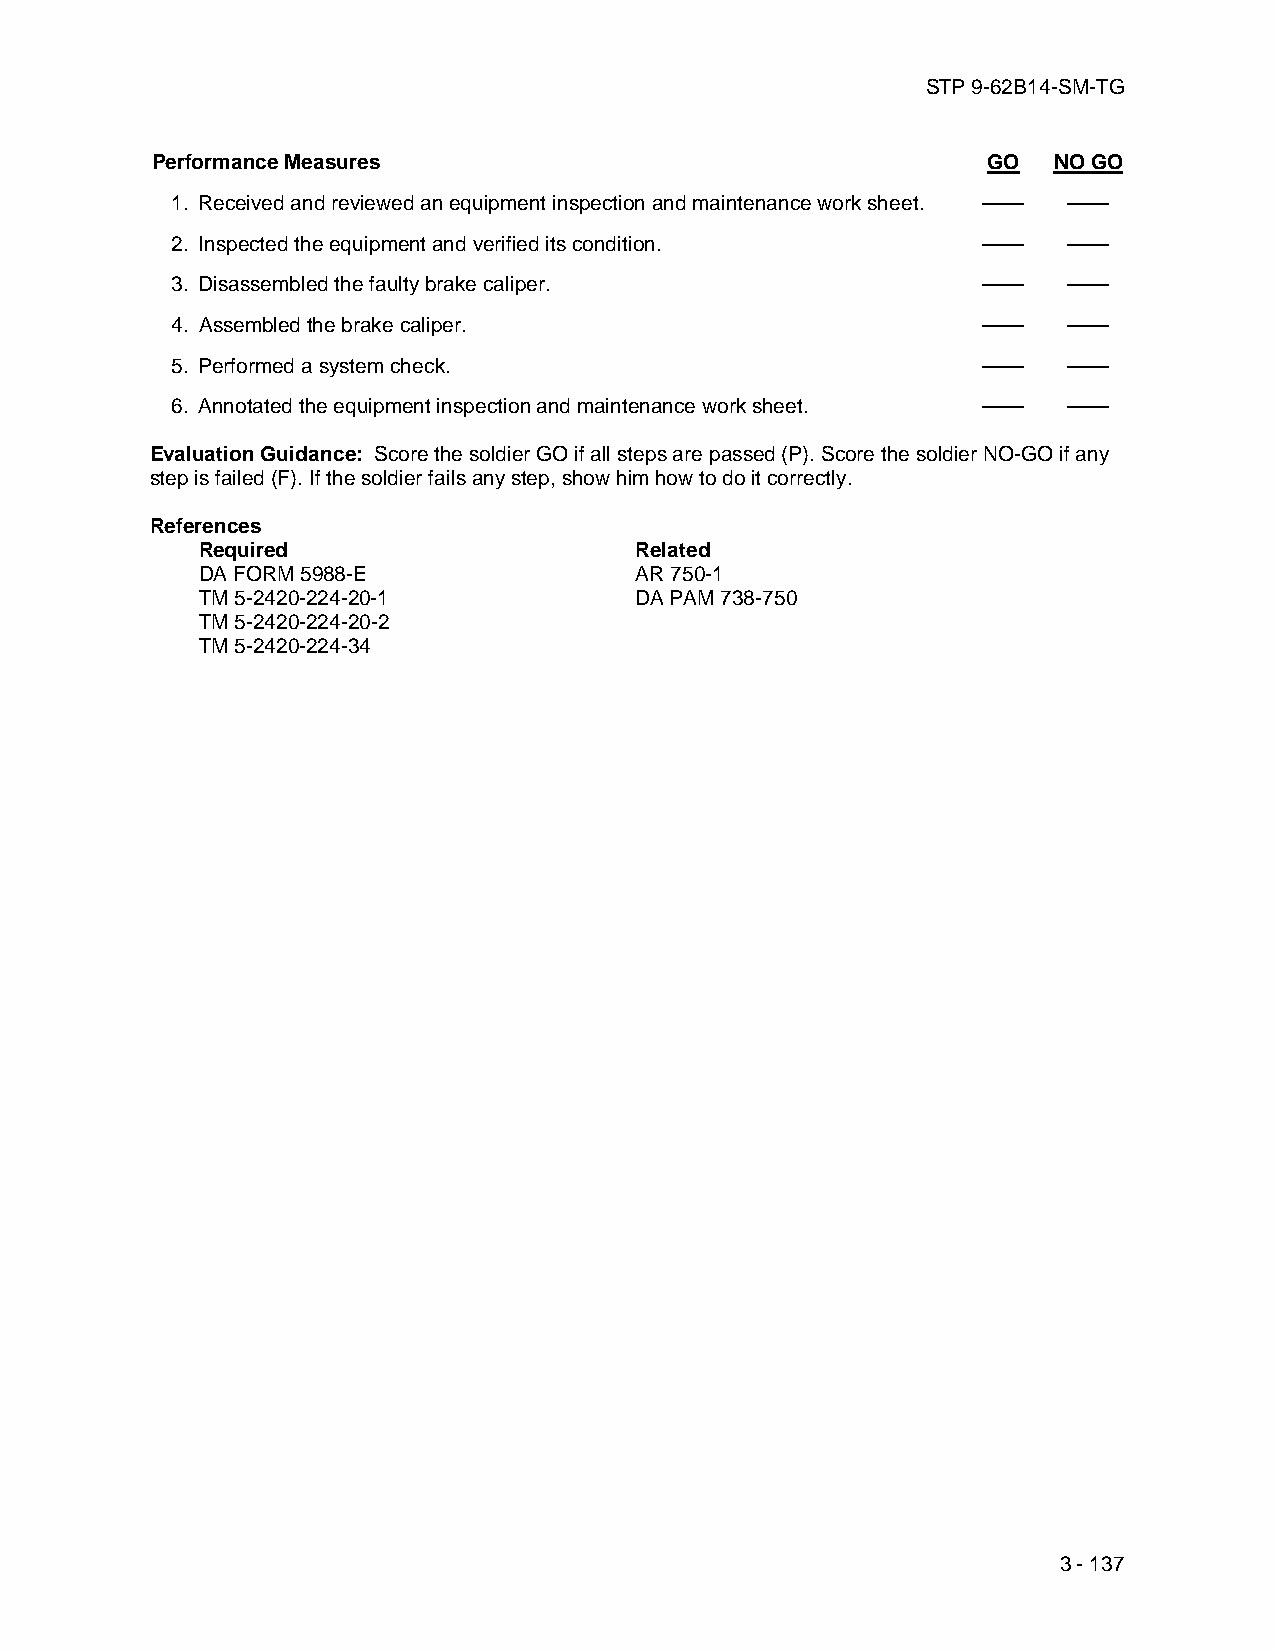
STP 9-62B14-SM-TG
 Performance Measures                                   GO   NO GO
 1. Received and reviewed an equipment inspection and maintenance work sheet. —— ——
 2. Inspected the equipment and verified its condition. ——   ——
 3. Disassembled the faulty brake caliper.             ——    ——
 4. Assembled the brake caliper.                       ——    ——
 5. Performed a system check.                          ——    ——
 6. Annotated the equipment inspection and maintenance work sheet. —— ——
 Evaluation Guidance: Score the soldier GO if all steps are passed (P). Score the soldier NO-GO if any
 step is failed (F). If the soldier fails any step, show him how to do it correctly.
 References
 Required                     Related
 DA FORM 5988-E               AR 750-1
 TM 5-2420-224-20-1           DA PAM 738-750
 TM 5-2420-224-20-2
 TM 5-2420-224-34
 3 - 137